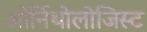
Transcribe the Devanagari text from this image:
ओर्निथोलोजिस्ट